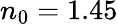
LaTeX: n_{0}=1.45